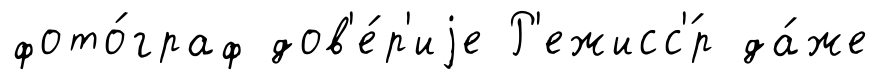
фото́граф дов'е́р'иjе Р'ежисс'́р да́же